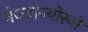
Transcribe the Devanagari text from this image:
मेज्जोज्योरनो